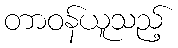
တာဝန်ယူသည့်